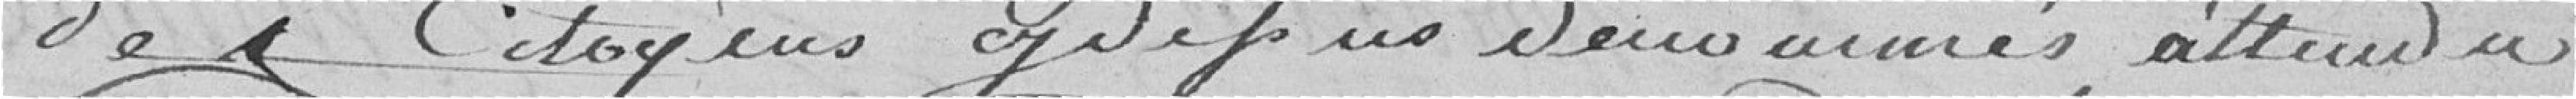
des citoyens cy dessus denommés attendu